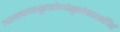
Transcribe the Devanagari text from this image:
अस्माकमायुरारोग्यंसुखंचददतांचिरं